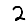
Digit: 2